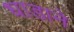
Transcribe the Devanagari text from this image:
धाडाने